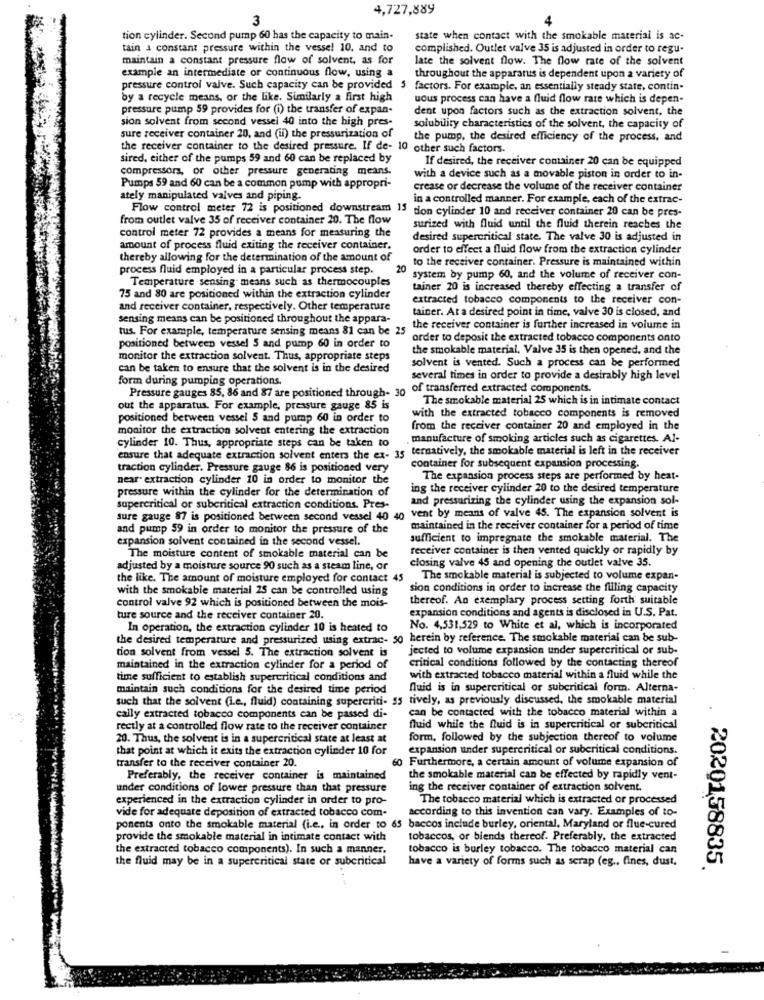
4,727,889
3
tion cylinder. Second pump 60 has the capacity to main-
state when contact with the smokable material is ac-
tain a constant pressure within the vessel 10, and to
complished. Outlet valve 35 is adjusted in order to regu-
maintain a constant pressure flow of solvent, as for
late the solvent flow. The flow rate of the solvent
example an intermediate or continuous flow, using a
throughout the apparatus is dependent upon a variety of
pressure control valve. Such capacity can be provided 5 factors. For example, an essentially steady state, contin-
by a recycle means, or the like. Similarly a first high
uous process can have a fluid flow rate which is depen-
pressure pump 59 provides for (i) the transfer of expan-
dent upon factors such as the extraction solvent, the
sion solvent from second vessel 40 into the high pres-
solubility characteristics of the solvent, the capacity of
sure receiver container 20, and (ii) the pressurization of
the pump, the desired efficiency of the process, and
the receiver container to the desired pressure. If de- 10 other such factors.
sired, either of the pumps 59 and 60 can be replaced by
If desired, the receiver container 20 can be equipped
compressors, or other pressure generating means.
with a device such as a movable piston in order to in-
Pumps 59 and 60 can be a common pump with appropri-
crease or decrease the volume of the receiver container
ately manipulated valves and piping.
in a controlled manner. For example, each of the extrac-
Flow control meter 72 is positioned downstream 15 tion cylinder 10 and receiver container 20 can be pres-
from outlet valve 35 of receiver container 20. The flow
surized with fluid until the fluid therein reaches the
control meter 72 provides a means for measuring the
desired supercritical state. The valve 30 is adjusted in
amount of process fluid exiting the receiver container.
order to effect a fluid flow from the extraction cylinder
thereby allowing for the determination of the amount of
to the receiver container. Pressure is maintained within
process fluid employed in a particular process step.
20
Temperature sensing- means such as thermocouples
system by pump 60, and the volume of receiver con-
tainer 20 is increased thereby effecting a transfer of
75 and 80 are positioned within the extraction cylinder
extracted tobacco components to the receiver con-
and receiver container, respectively. Other temperature
tainer. At a desired point in time, valve 30 is closed, and
sensing means can be positioned throughout the appara-
tus. For example, temperature sensing means 81 can be 25
the receiver container is further increased in volume in
positioned between vessel 5 and pump 60 in order to
order to deposit the extracted tobacco components onto
the smokable material, Valve 35 is then opened, and the
monitor the extraction solvent. Thus, appropriate steps
can be taken to ensure that the solvent is in the desired
solvent is vented. Such a process can be performed
form during pumping operations
several times in order to provide a destrably high level
Pressure gauges 85, 86 and 87 are positioned through- 30
of transferred extracted components.
The smokable material 25 which is in intimate contact
out the apparatus. For example, pressure gauge 85 is
positioned between vessel 5 and pump 60 in order to
with the extracted tobacco components is removed
monitor the extraction solvent entering the extraction
from the receiver container 20 and employed in the
cylinder 10. Thus, appropriate steps can be taken to
manufacture of smoking articles such as cigarettes. Al-
ternatively, the smokable material is left in the receiver
ensure that adequate extraction solvent enters the ex- 35
traction cylinder. Pressure gauge 86 is positioned very
container for subsequent expansion processing.
near extraction cylinder 10 in order to monitor the
The expansion process steps are performed by heat-
pressure within the cylinder for the determination of
ing the receiver cylinder 20 to the desired temperature
and pressurizing the cylinder using the expansion sol-
sure gauge 87 is positioned between second vessel 40 40 vent by means of valve 45. The expansion solvent is
supercritical or subcritical extraction conditions. Pres-
and pump 59 in order to monitor the pressure of the
maintained in the receiver container for a period of time
expansion solvent contained in the second vessel.
sufficient to impregnate the smokable material. The
receiver container is then vented quickly or rapidly by
The moisture content of smokable material can be
closing valve 45 and opening the outlet valve 35.
adjusted by a moisture source 90 such as a steam line, or
the like. The amount of moisture employed for contact 45
The smokable material is subjected to volume expan-
with the smokable material 25 can be controlled using
sion conditions in order to increase the filling capacity
thereof. An exemplary process setting forth suitable
control valve 92 which is positioned between the mois-
expansion conditions and agents is disclosed in U.S. Pat.
ture source and the receiver container 20.
In operation, the extraction cylinder 10 is heated to
No. 4,531,529 to White et al, which is incorporated
the desired temperature and pressurized using extrac- 50 herein by reference. The smokable material can be sub-
tion solvent from vessel 5. The extraction solvent is
jected to volume expansion under supercritical or sub-
maintained in the extraction cylinder for a period of
critical conditions followed by the contacting thereof
time sufficient to establish supercritical conditions and
with extracted tobacco material within a fluid while the
maintain such conditions for the desired time period
fluid is in supercritical or subcritical form. Alterna-
such that the solvent (i.e ., fluid) containing supercriti- 55 tively, as previously discussed, the smokable material
can be contacted with the tobacco material within a
cally extracted tobacco components can be passed di-
rectly at a controlled flow rate to the receiver container
fluid while the fluid is in supercritical or subcritical
20. Thus, the solvent is in a supercritical state at least at
form, followed by the subjection thereof to volume
that point at which it exits the extraction cylinder 10 for
expansion under supercritical or subcritical conditions.
transfer to the receiver container 20.
60 Furthermore, a certain amount of volume expansion of
Preferably, the receiver container is maintained
the smokable material can be effected by rapidly vent-
under conditions of lower pressure than that pressure
ing the receiver container of extraction solvent.
experienced in the extraction cylinder in order to pro-
The tobacco material which is extracted or processed
vide for adequate deposition of extracted tobacco com-
according to this invention can vary. Examples of to-
ponents onto the smokable material (i.e ., in order to 65 baccos include burley, oriental, Maryland or flue-cured
provide the smokable material in intimate contact with
tobaccos, or biends thereof. Preferably, the extracted
the extracted tobacco components). In such a manner.
tobacco is burley tobacco. The tobacco material can
the fluid may be in a supercritical state or subcritical
have a variety of forms such as scrap (eg ., fines, dust,
2020158835